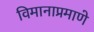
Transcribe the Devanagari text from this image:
विमानाप्रमाणे